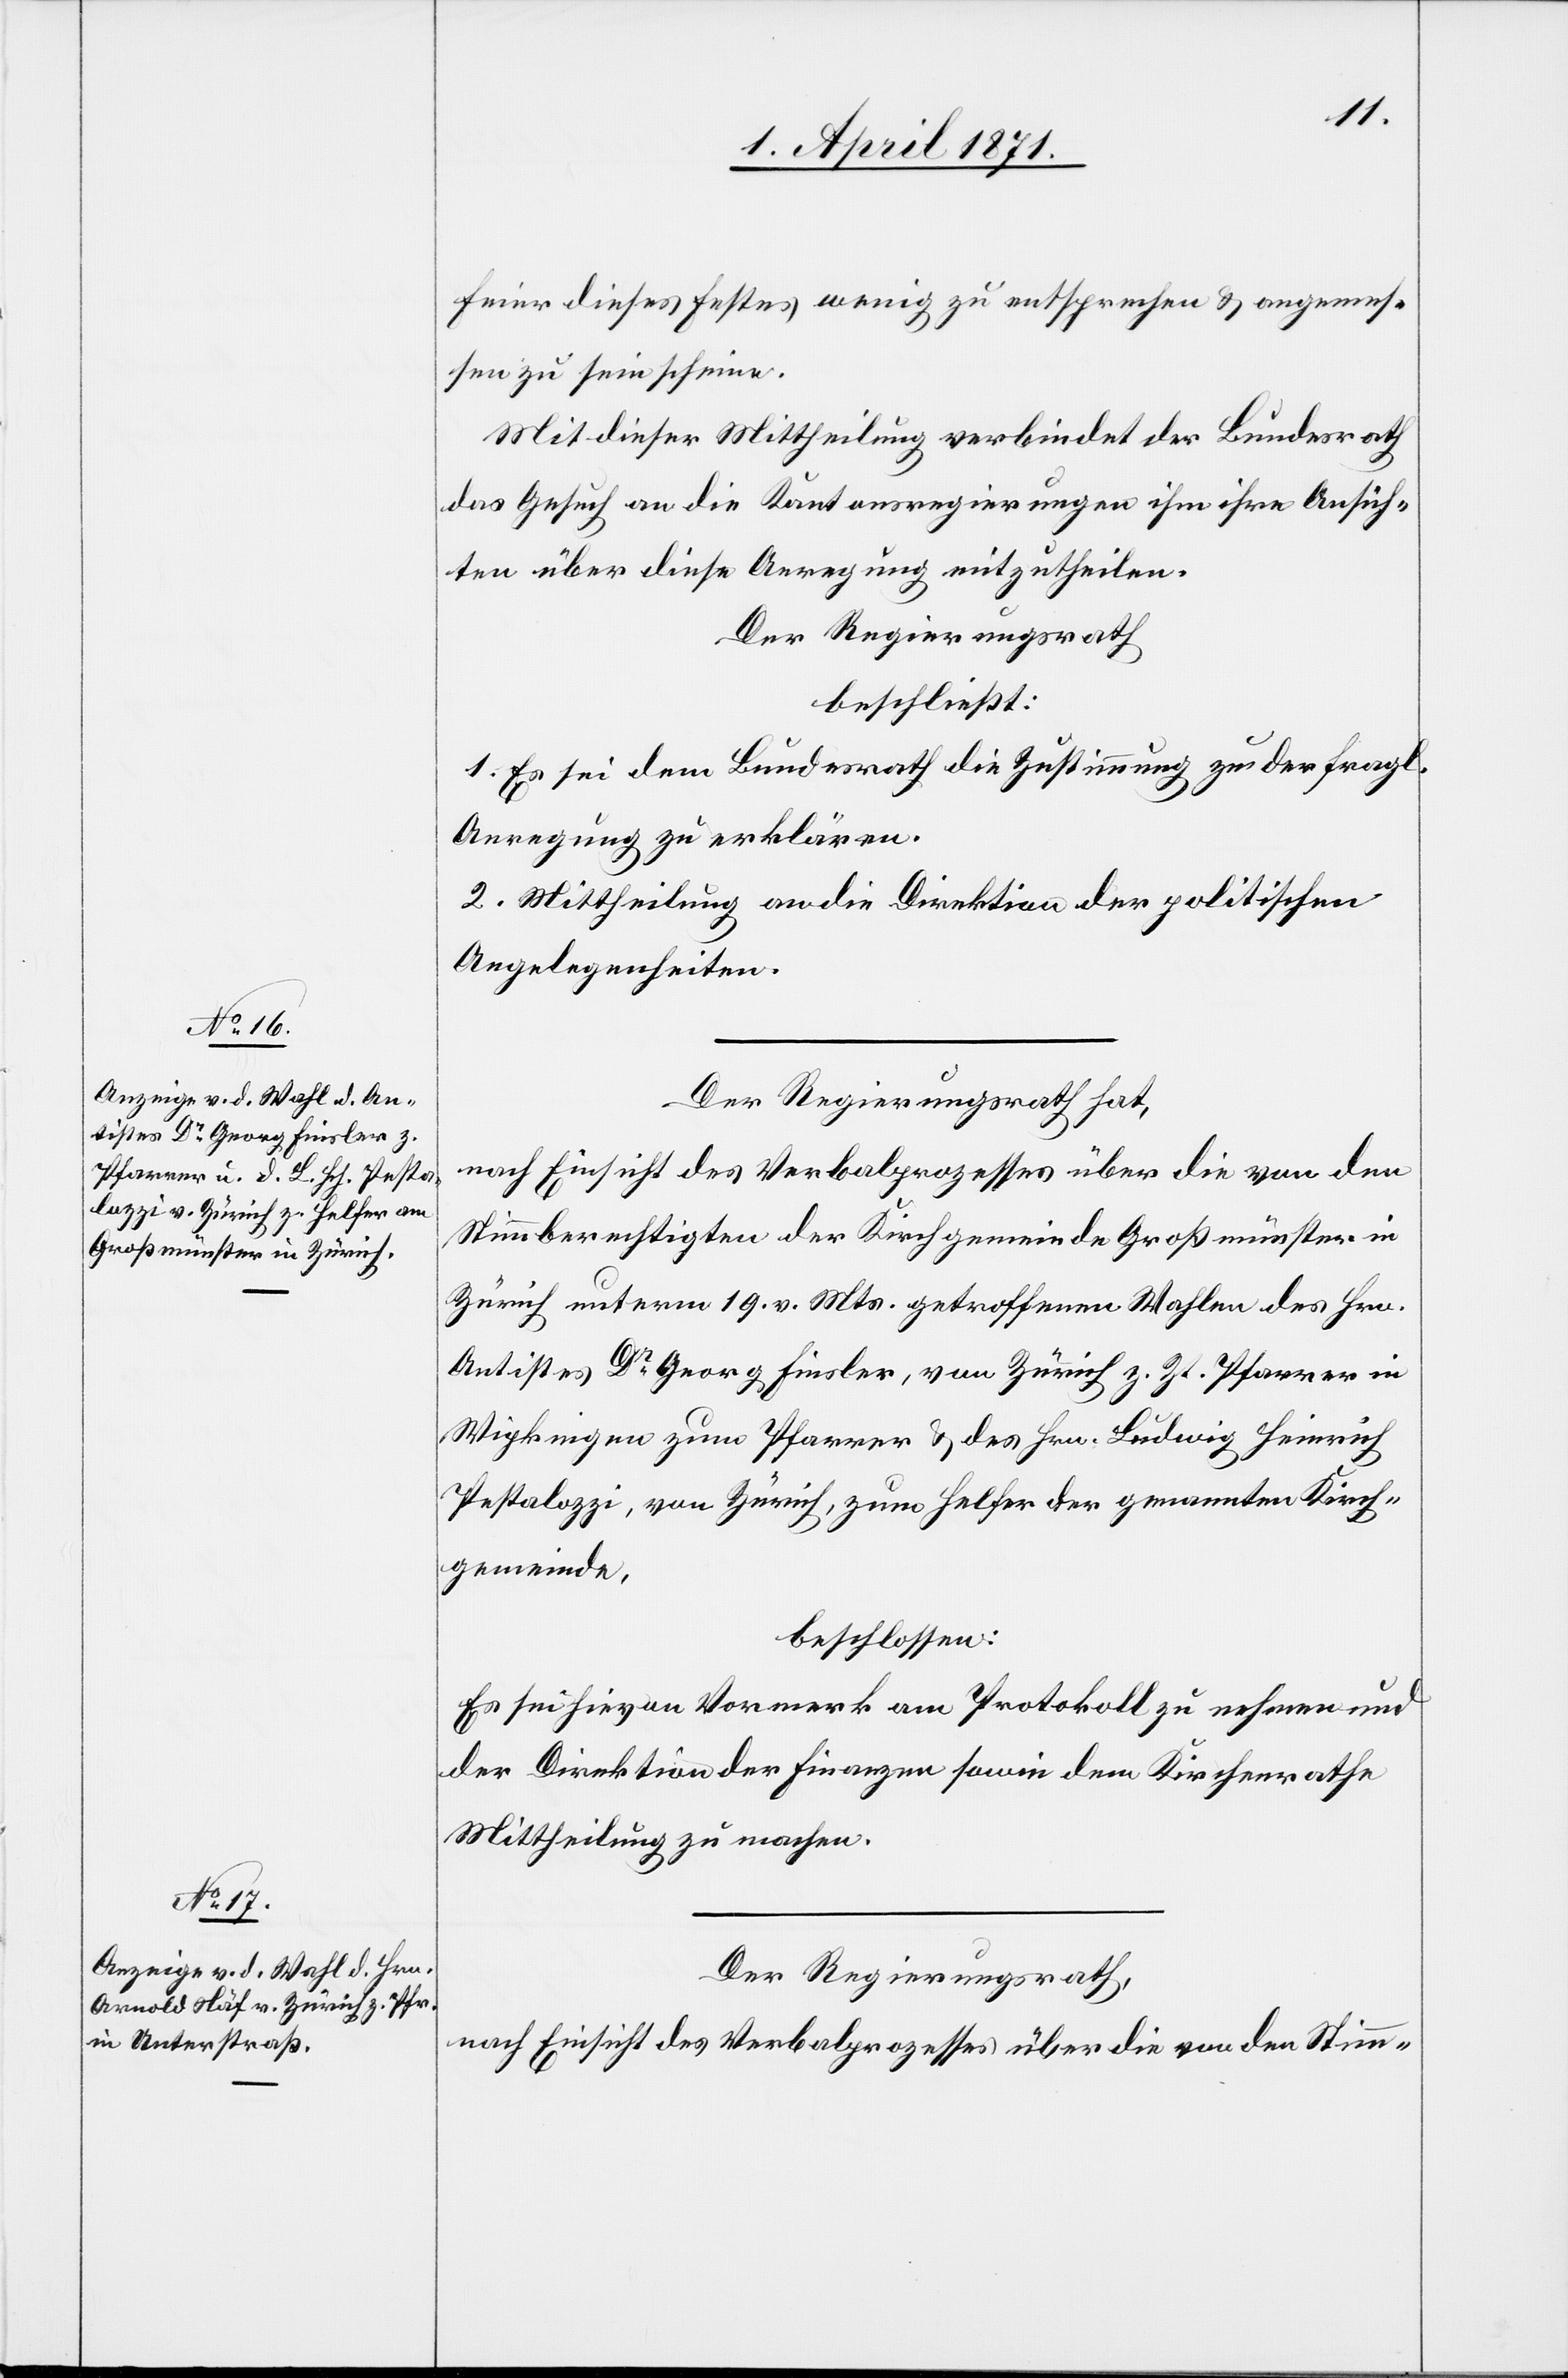
Feier dieses Festes wenig zu entsprechen u. angemes¬
sen zu sein scheine.
Mit dieser Mittheilung verbindet der Bundesrath
das Gesuch an die Kantonsregierungen ihm ihre Ansich¬
ten über diese Anregung mitzutheilen.
Der Regierungsrath
beschließt:
1. Es sei dem Bundesrath die Zustimmung zu der fragl.
Anregung zu erklären.
2. Mittheilung an die Direktion der politischen
Angelegenheiten.
Der Regierungsrath hat,
nach Einsicht des Verbalprozesses über die von den
Stimmberechtigten der Kirchgemeinde Großmünster in
Zürich unterm 19. v. Mts. getroffenen Wahlen des Hrn.
Antistes Dr. Georg Finsler, von Zürich z. Zt. Pfarrer in
Wipkingen zum Pfarrer u. des Hrn. Ludwig Heinrich
Pestalozzi, von Zürich, zum Helfer der genannten Kirch¬
gemeinde,
beschlossen:
Es sei hievon Vormerk am Protokoll zu nehmen und
der Direktion der Finanzen sowie dem Kirchenrathe
Mittheilung zu machen.
Der Regierungsrath,
nach Einsicht des Verbalprozesses über die von den Stimm-